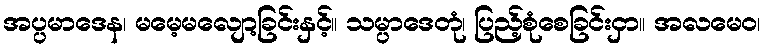
အပ္ပမာဒေန၊ မမေ့မလျော့ခြင်းနှင့်။ သမ္ပာဒေတုံ၊ ပြည့်စုံစေခြင်းငှာ။ အလမေဝ၊